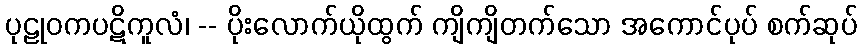
ပုဠုဝကပဋိကူလံ၊ -- ပိုးလောက်ယိုထွက် ကျိကျိတက်သော အကောင်ပုပ် စက်ဆုပ်